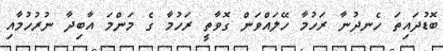
ބޮޑުދައިތަ ހެނދުނާ ރަހުމާ ހޭލައްވަން ގޮވާތީ ރަހުމާ ގެ މަންމަ އާބިދާ ނުރުހުމާއި